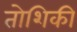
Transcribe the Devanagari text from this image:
तोशिकी